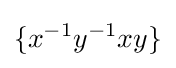
\{x^{-1}y^{-1}xy\}